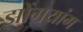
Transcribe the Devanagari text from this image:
झोंगयांग